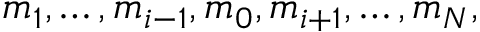
m _ { 1 } , \ldots , m _ { i - 1 } , m _ { 0 } , m _ { i + 1 } , \ldots , m _ { N } ,